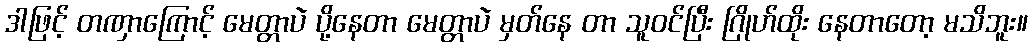
ဒါဖြင့် တဏှာကြောင့် မေတ္တာပဲ ပို့နေတာ မေတ္တာပဲ မှတ်နေ တာ သူဝင်ပြီး ဂြိုဟ်ထိုး နေတာတော့ မသိဘူး။